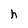
Character: h